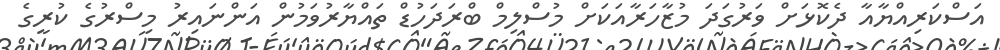
އަސްކަރިއްޔާއާ ދެކޮޅަށް ވަރުގަދަ މުޒާހަރާއަކަށް މުސްލިމް ބްރަދަހުޑް ތައްޔާރުވަމުން އަންނައިރު މިސްރުގެ ކުރީގެ